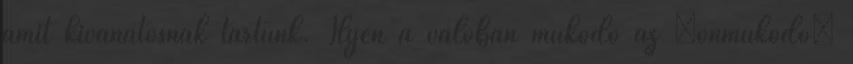
amit kívánatosnak tartunk. Ilyen a valóban működő az „önműködő”